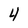
Character: 4